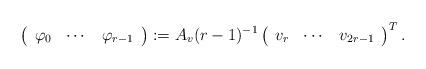
LaTeX: \begin{align*}\left(\begin{array}{ccc}\varphi_0 & \cdots & \varphi_{r-1}\end{array}\right):=A_{v}(r-1)^{-1}\left(\begin{array}{ccc}v_r & \cdots &v_{2r-1}\end{array}\right)^{T}.\end{align*}